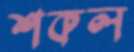
শকল